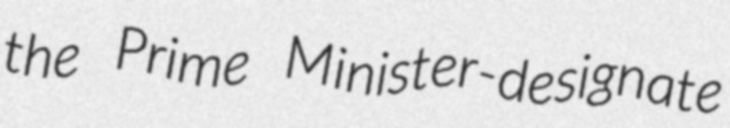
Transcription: the Prime Minister-designate